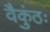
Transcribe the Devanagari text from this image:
वैकुंठः